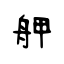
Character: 舺